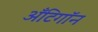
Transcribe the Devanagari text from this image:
अँटिगॉन